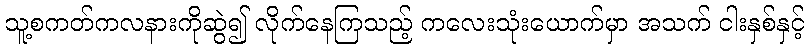
သူ့စကတ်ကလနားကိုဆွဲ၍ လိုက်နေကြသည့် ကလေးသုံးယောက်မှာ အသက် ငါးနှစ်နှင့်